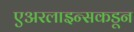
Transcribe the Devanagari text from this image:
एअरलाइन्सकडून